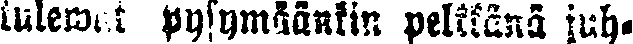
tulewat pysymäänkin pelkkänä juh-